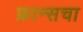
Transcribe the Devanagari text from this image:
फ्रान्‍सचा